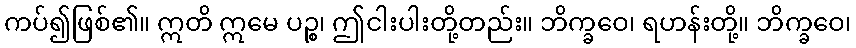
ကပ်၍ဖြစ်၏။ ဣတိ ဣမေ ပဉ္စ၊ ဤငါးပါးတို့တည်း။ ဘိက္ခဝေ၊ ရဟန်းတို့။ ဘိက္ခဝေ၊